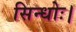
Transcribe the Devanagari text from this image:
सिन्धोः।